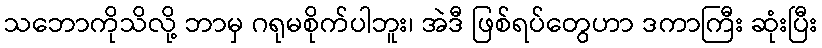
သဘောကိုသိလို့ ဘာမှ ဂရုမစိုက်ပါဘူး၊ အဲဒီ ဖြစ်ရပ်တွေဟာ ဒကာကြီး ဆုံးပြီး